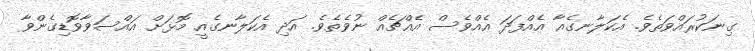
ގިނަކުރައްވަތެވެ. އެކަލާނގެއާ އެއްފަދަ އެއްވެސް އެއްޗެއް ނުވެތެވެ. އަދި އެކަލާނގެއީ މޮޅަށް އައްސަވާވޮޑިގެންވާ